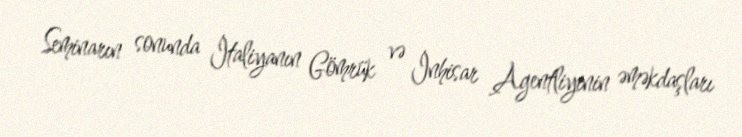
Seminarın sonunda İtaliyanın Gömrük və İnhisar Agentliyinin əməkdaşları